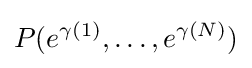
P(e^{\gamma (1)},\dots ,e^{\gamma (N)})